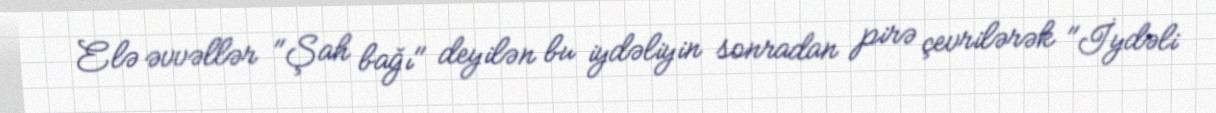
Elə əvvəllər "Şah bağı" deyilən bu iydəliyin sonradan pirə çevrilərək "İydəli